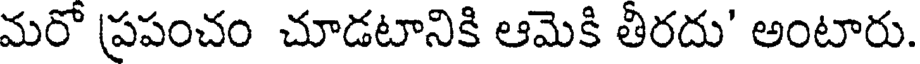
మరో ప్రపంచం చూడటానికి ఆమెకి తిరదు' అంటారు.